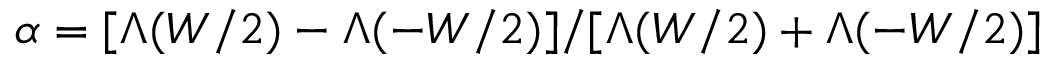
\alpha = [ \Lambda ( W / 2 ) - \Lambda ( - W / 2 ) ] / [ \Lambda ( W / 2 ) + \Lambda ( - W / 2 ) ]